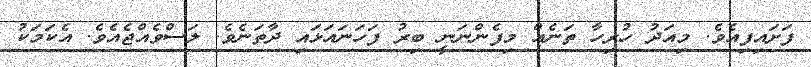
ފަށައިފިއެވެ. މިއަދު ހުރިހާ ތަނެއް މިފެންނަނީ ބިރު ފަހަނައަޅައި ދާތަނެވެ. ލަސްވެއްޖެއެވެ. އެކަމަކު